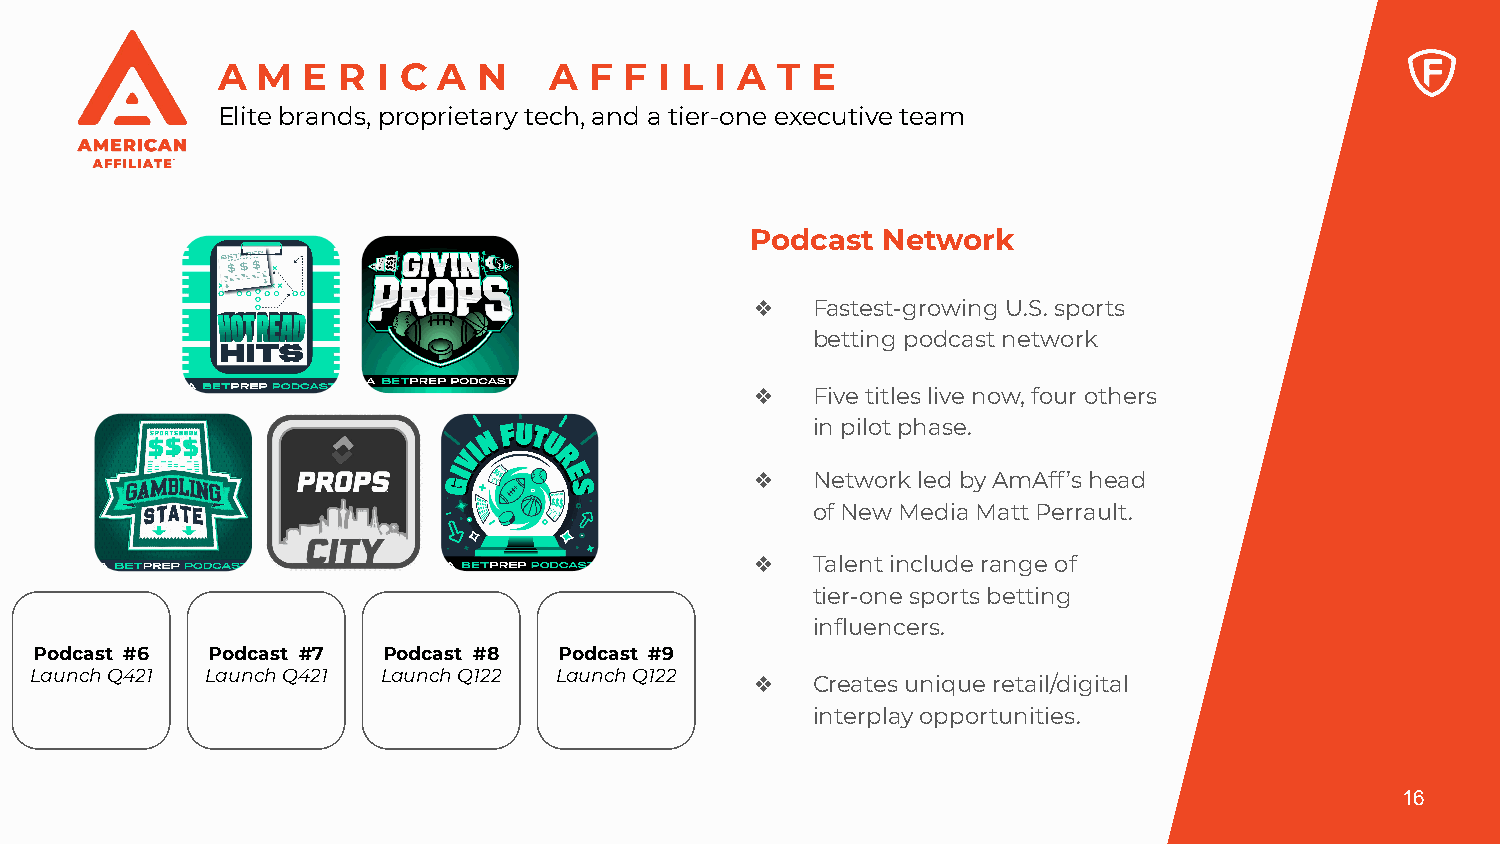
A  M  E R  I C A  N   A  F F  I L I A T E
 Elite brands, proprietary tech, and a tier-one executive team
 Podcast Network
 ❖   Fastest-growing U.S. sports
 betting podcast network
 ❖   Five titles live now, four others
 in pilot phase.
 ❖   Network led by AmAff’s head
 of New Media Matt Perrault.
 ❖   Talent include range of
 tier-one sports betting
 influencers.
 Podcast #6  Podcast #7 Podcast #8  Podcast #9
 Launch Q421 Launch Q421 Launch Q122 Launch Q122 ❖   Creates unique retail/digital
 interplay opportunities.
 16